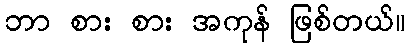
ဘာ စား စား အကုန် ဖြစ်တယ်။